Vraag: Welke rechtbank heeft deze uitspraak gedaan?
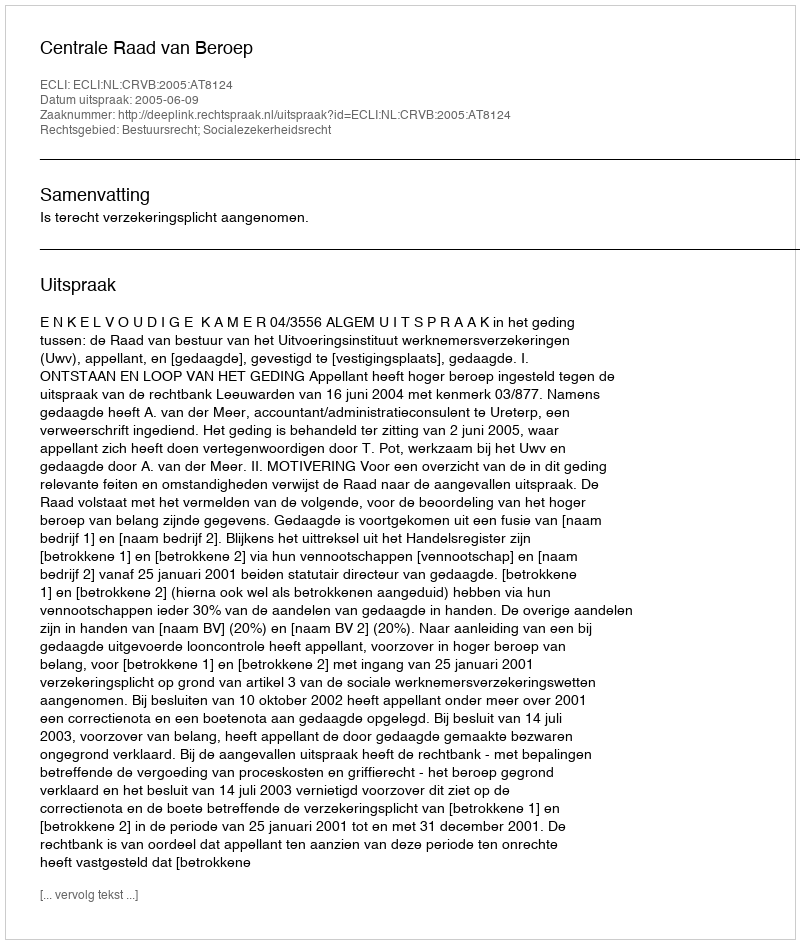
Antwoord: Centrale Raad van Beroep